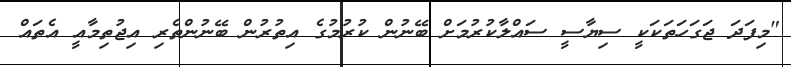
"މިފަދަ ޖަގަހަތަކަކީ ސިޔާސީ ސައްލާކުރުމަށް ބޭނުން ކުރުމުގެ އިތުރުން ބޭނުންތެރި އިޖުތިމާއީ އެތައް